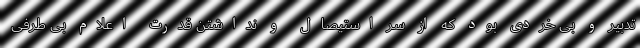
تدبیر و بی خردی بود که از سر استیصال و نداشتن قدرت اعلام بی طرفی